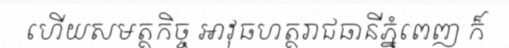
ហើយសមត្ថកិច្ច អាវុធហត្ថរាជធានីភ្នំពេញ ក៏